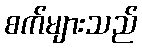
စက်များသည်